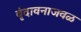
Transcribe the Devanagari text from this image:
वृंदावनाजवळ